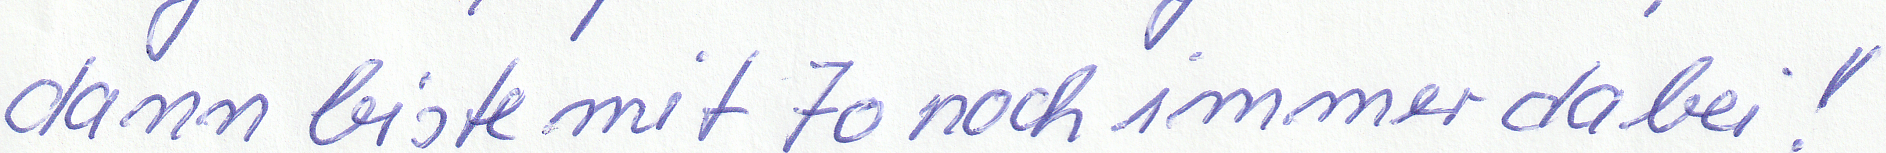
dann biste mit 70 noch immer dabei!